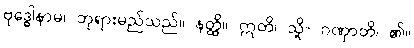
ဗုဒ္ဓေါနာမ၊ ဘုရားမည်သည်။ နတ္ထိ။ ဣတိ၊ သို့။ ဂဏှာတိ၊ ၏။